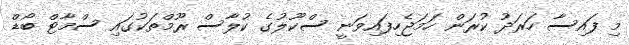
މި ފައިސާ ހަރަދު ކުރަން ހަމަޖެހިފައިވަނީ ސްކޫލުގެ ކުލާސް ރޫމްތަކުގައި ސްމާޓް ބޯޑް